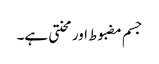
جسم مضبوط اور محنتی ہے۔